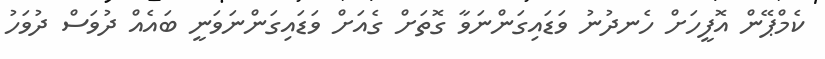
ކެމްޕޭން އޮފީހަށް ހެނދުނު ވަޑައިގަންނަވާ ގޮތަށް ގެއަށް ވަޑައިގަންނަވަނީ ބައެއް ދުވަސް ދުވަހު